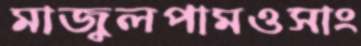
মাজুলপামওসাং